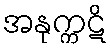
အနုက္ကဋိ